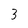
Character: 3